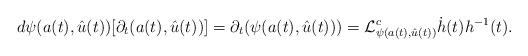
LaTeX: \begin{align*} d \psi(a(t),\hat{u}(t))[\partial_t(a(t),\hat{u}(t))] = \partial_t (\psi(a(t), \hat{u}(t))) = \mathcal{L}^c_{\psi(a(t), \hat{u}(t))} \dot{h}(t)h^{-1}(t). \end{align*}